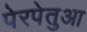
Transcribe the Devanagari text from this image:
पेरपेतुआ